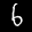
Label: 6